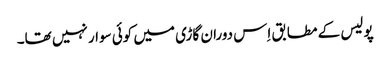
پولیس کے مطابق اِس دوران گاڑی میں کوئی سوار نہیں تھا۔